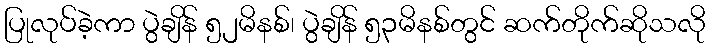
ပြုလုပ်ခဲ့ကာ ပွဲချိန် ၅၂မိနစ်၊ ပွဲချိန် ၅၃မိနစ်တွင် ဆက်တိုက်ဆိုသလို